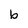
Character: b